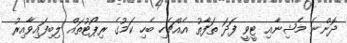
ދޮންނަ މެޝިނާއި ޓީވީ ފަދަ ތަފާތު އެއްޗެހި ބެހި ކަމުގެ ރިޕޯޓުތައް ލިބިފައިވާއިރު